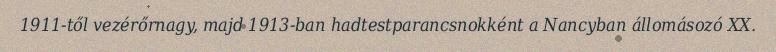
1911-től vezérőrnagy, majd 1913-ban hadtestparancsnokként a Nancyban állomásozó XX.